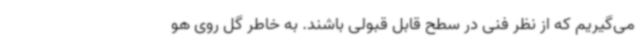
می‌گیریم که از نظر فنی در سطح قابل قبولی باشند. به خاطر گل روی هو